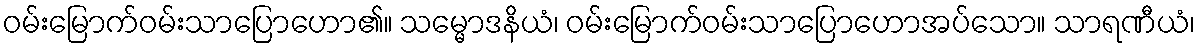
ဝမ်းမြောက်ဝမ်းသာပြောဟော၏။ သမ္မောဒနိယံ၊ ဝမ်းမြောက်ဝမ်းသာပြောဟောအပ်သော။ သာရဏီယံ၊